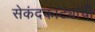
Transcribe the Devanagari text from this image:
सेकंदकाट्याची